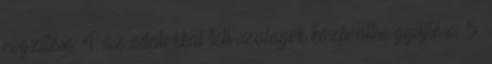
rögzítése; 4. az adatokkal teli szalagok központba gyűjtése; 5.